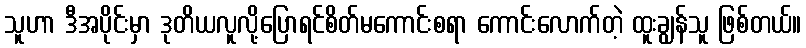
သူဟာ ဒီအပိုင်းမှာ ဒုတိယလူလို့ပြောရင်စိတ်မကောင်းစရာ ကောင်းလောက်တဲ့ ထူးချွန်သူ ဖြစ်တယ်။